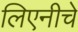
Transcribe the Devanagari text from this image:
लिएनीचे